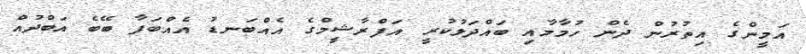
އަމީންގެ އިތުރުން ދެން ހުމާމާއި ބައްދަލުކުރީ އަފްރާޝީމްގެ އެއްބަނޑު އެއްބަފާ ބޭބެ އަބްދުއް